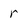
Character: r